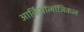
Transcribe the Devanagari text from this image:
आर्कियॉलॉजिकल